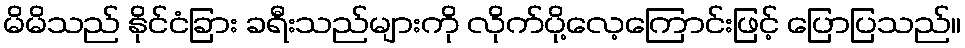
မိမိသည် နိုင်ငံခြား ခရီးသည်များကို လိုက်ပို့လေ့ကြောင်းဖြင့် ပြောပြသည်။